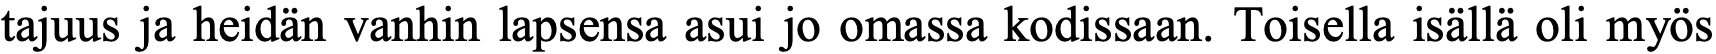
tajuus ja heidän vanhin lapsensa asui jo omassa kodissaan. Toisella isällä oli myös